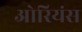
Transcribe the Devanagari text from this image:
ओरियंस